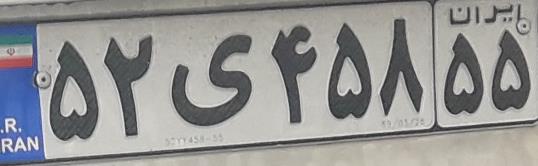
۵۲ی۴۵۸۵۵